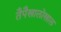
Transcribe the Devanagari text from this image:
तैपैखालोखाल